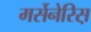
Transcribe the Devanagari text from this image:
मर्सेनेरिस़